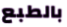
بالطبع